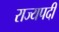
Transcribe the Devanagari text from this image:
राज्यपदी